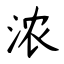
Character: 浓